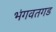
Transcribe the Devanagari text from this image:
भंगवतगड